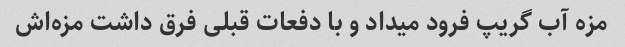
مزه آب گریپ فرود میداد و با دفعات قبلی فرق داشت مزه‌اش